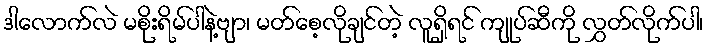
ဒါလောက်လဲ မစိုးရိမ်ပါနဲ့ဗျာ၊ မတ်စေ့လိုချင်တဲ့ လူရှိရင် ကျုပ်ဆီကို လွှတ်လိုက်ပါ၊